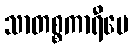
သာတစ္စကာရီပေ